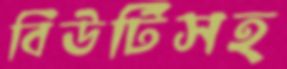
বিউটিসহ